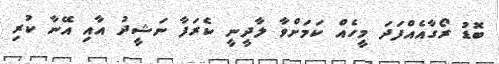
ބޮޑު ރޯގާއެއްފަދަ މީހެއް ކަމަށްވާ ލާދީނީ ކެރަފާ ނަޝީދު އާއި އޭނާ ކުރި